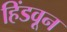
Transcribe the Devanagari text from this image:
हिंडवून